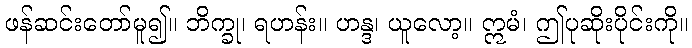
ဖန်ဆင်းတော်မူ၍။ ဘိက္ခု၊ ရဟန်း။ ဟန္ဒ၊ ယူလော့။ ဣမံ၊ ဤပုဆိုးပိုင်းကို။